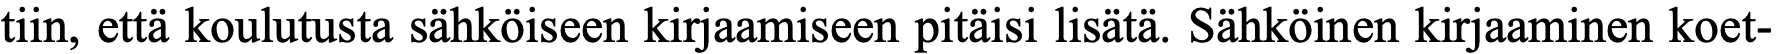
tiin, että koulutusta sähköiseen kirjaamiseen pitäisi lisätä. Sähköinen kirjaaminen koet-